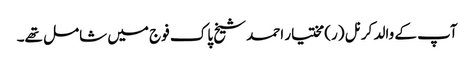
آپ کے والد کرنل (ر) مختیار احمد شیخ پاک فوج میں شامل تھے۔